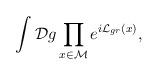
LaTeX: \begin{align*}\int {\cal D}g \prod_{x\in\cal M} e^{i{\cal L}_{gr}(x)},\end{align*}